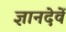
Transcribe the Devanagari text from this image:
ज्ञानदेवें